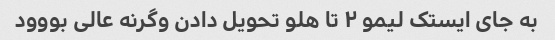
به جای ایستک لیمو ۲ تا هلو تحویل دادن وگرنه عالی بووود